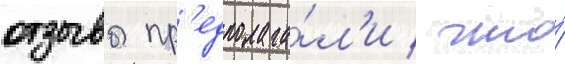
отзывы пр'едполага́л'и / что́